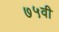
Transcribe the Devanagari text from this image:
७५वी